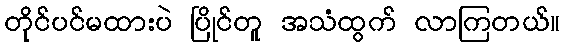
တိုင်ပင်မထားပဲ ပြိုင်တူ အသံထွက် လာကြတယ်။